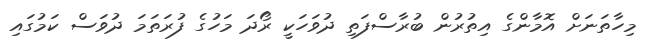
މިހާތަނަށް އޮމާންގެ އިތުރުން ބުރާސްފަތި ދުވަހަކީ ރޯދަ މަހުގެ ފުރަތަމަ ދުވަސް ކަމުގައި